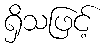
ရှိသဖြင့်